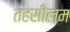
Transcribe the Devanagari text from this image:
तहसीलम